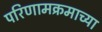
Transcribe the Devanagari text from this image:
परिणामक्रमाच्या